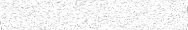
٥١